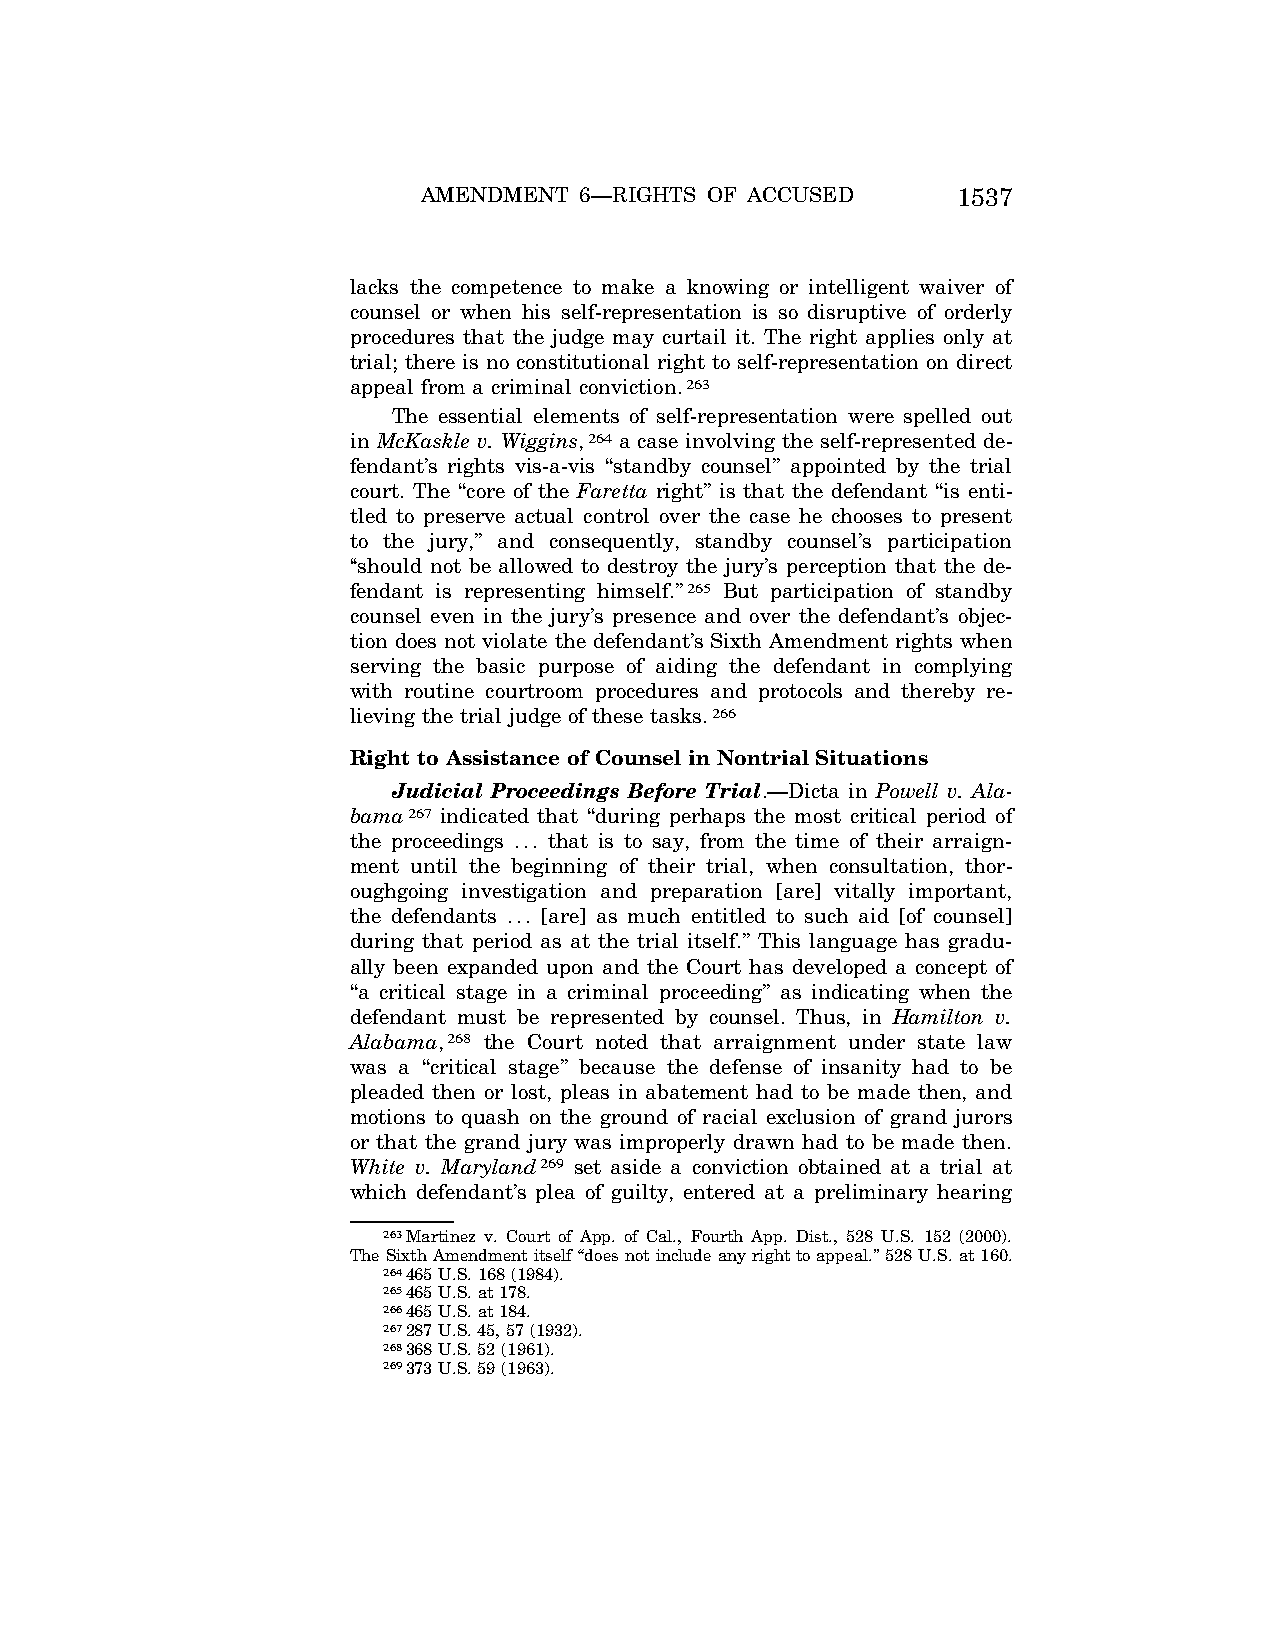
AMENDMENT 6—RIGHTS OF ACCUSED      1537
 lacks the competence to make a knowing or intelligent waiver of
 counsel or when his self-representation is so disruptive of orderly
 procedures that the judge may curtail it. The right applies only at
 trial; there is no constitutional right to self-representation on direct
 appeal from a criminal conviction.263
 The essential elements of self-representation were spelled out
 in McKaskle v. Wiggins,264 a case involving the self-represented de-
 fendant’s rights vis-a-vis ‘‘standby counsel’’ appointed by the trial
 court. The ‘‘core of the Faretta right’’ is that the defendant ‘‘is enti-
 tled to preserve actual control over the case he chooses to present
 to the jury,’’ and consequently, standby counsel’s participation
 ‘‘should not be allowed to destroy the jury’s perception that the de-
 fendant is representing himself.’’265 But participation of standby
 counsel even in the jury’s presence and over the defendant’s objec-
 tion does not violate the defendant’s Sixth Amendment rights when
 serving the basic purpose of aiding the defendant in complying
 with routine courtroom procedures and protocols and thereby re-
 lieving the trial judge of these tasks.266
 Right to Assistance of Counsel in Nontrial Situations
 Judicial Proceedings Before Trial.—Dicta in Powell v. Ala-
 bama267 indicated that ‘‘during perhaps the most critical period of
 the proceedings ... that is to say, from the time of their arraign-
 ment until the beginning of their trial, when consultation, thor-
 oughgoing investigation and preparation [are] vitally important,
 the defendants ... [are] as much entitled to such aid [of counsel]
 during that period as at the trial itself.’’ This language has gradu-
 ally been expanded upon and the Court has developed a concept of
 ‘‘a critical stage in a criminal proceeding’’ as indicating when the
 defendant must be represented by counsel. Thus, in Hamilton v.
 Alabama,268 the Court noted that arraignment under state law
 was a ‘‘critical stage’’ because the defense of insanity had to be
 pleaded then or lost, pleas in abatement had to be made then, and
 motions to quash on the ground of racial exclusion of grand jurors
 or that the grand jury was improperly drawn had to be made then.
 White v. Maryland269 set aside a conviction obtained at a trial at
 which defendant’s plea of guilty, entered at a preliminary hearing
 263Martinez v. Court of App. of Cal., Fourth App. Dist., 528 U.S. 152 (2000).
 The Sixth Amendment itself ‘‘does not include any right to appeal.’’ 528 U.S. at 160.
 264465 U.S. 168 (1984).
 265465 U.S. at 178.
 266465 U.S. at 184.
 267287 U.S. 45, 57 (1932).
 268368 U.S. 52 (1961).
 269373 U.S. 59 (1963).
 VerDate Apr<15>2004 10:27 Jun 25, 2004 Jkt 077500 PO 00000 Frm 00045 Fmt 8222 Sfmt 8222 C:\CONAN\CON032.SGM PRFM99 PsN: CON032